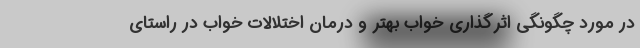
در مورد چگونگی اثرگذاری خواب بهتر و درمان اختلالات خواب در راستای